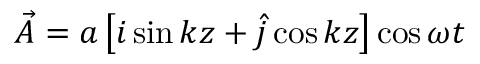
\vec { A } = a \left[ i \sin k z + \hat { j } \cos k z \right] \cos \omega t